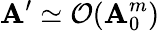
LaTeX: \mathbf{A}^{\prime}\simeq\mathcal{{O}}(\mathbf{A}_{0}^{m})